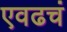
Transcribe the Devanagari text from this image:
एवढचं